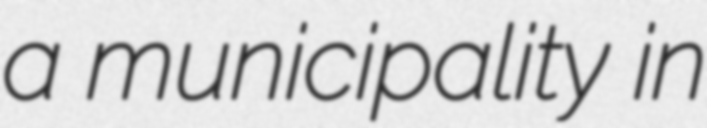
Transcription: a municipality in